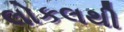
લોકલથી